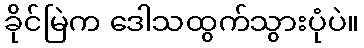
ခိုင်မြဲက ဒေါသထွက်သွားပုံပဲ။